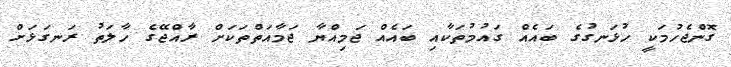
ގޮންޖެހުމަކީ ހުޅަނގުގެ ބައެއް ގައުމުތަކާއި ބައެއް ޖަމިއްޔާ ޖަމާއަތްތަކަށް ރާއްޖޭގެ ހާލަތު ރަނގަޅަށް